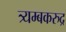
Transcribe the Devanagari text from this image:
त्र्यम्बकरुद्र